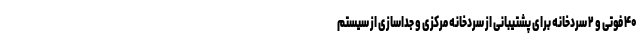
۴۰ فوتی و ۲ سردخانه برای پشتیبانی از سردخانه مرکزی و جداسازی از سیستم